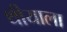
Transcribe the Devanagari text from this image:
थीयाला